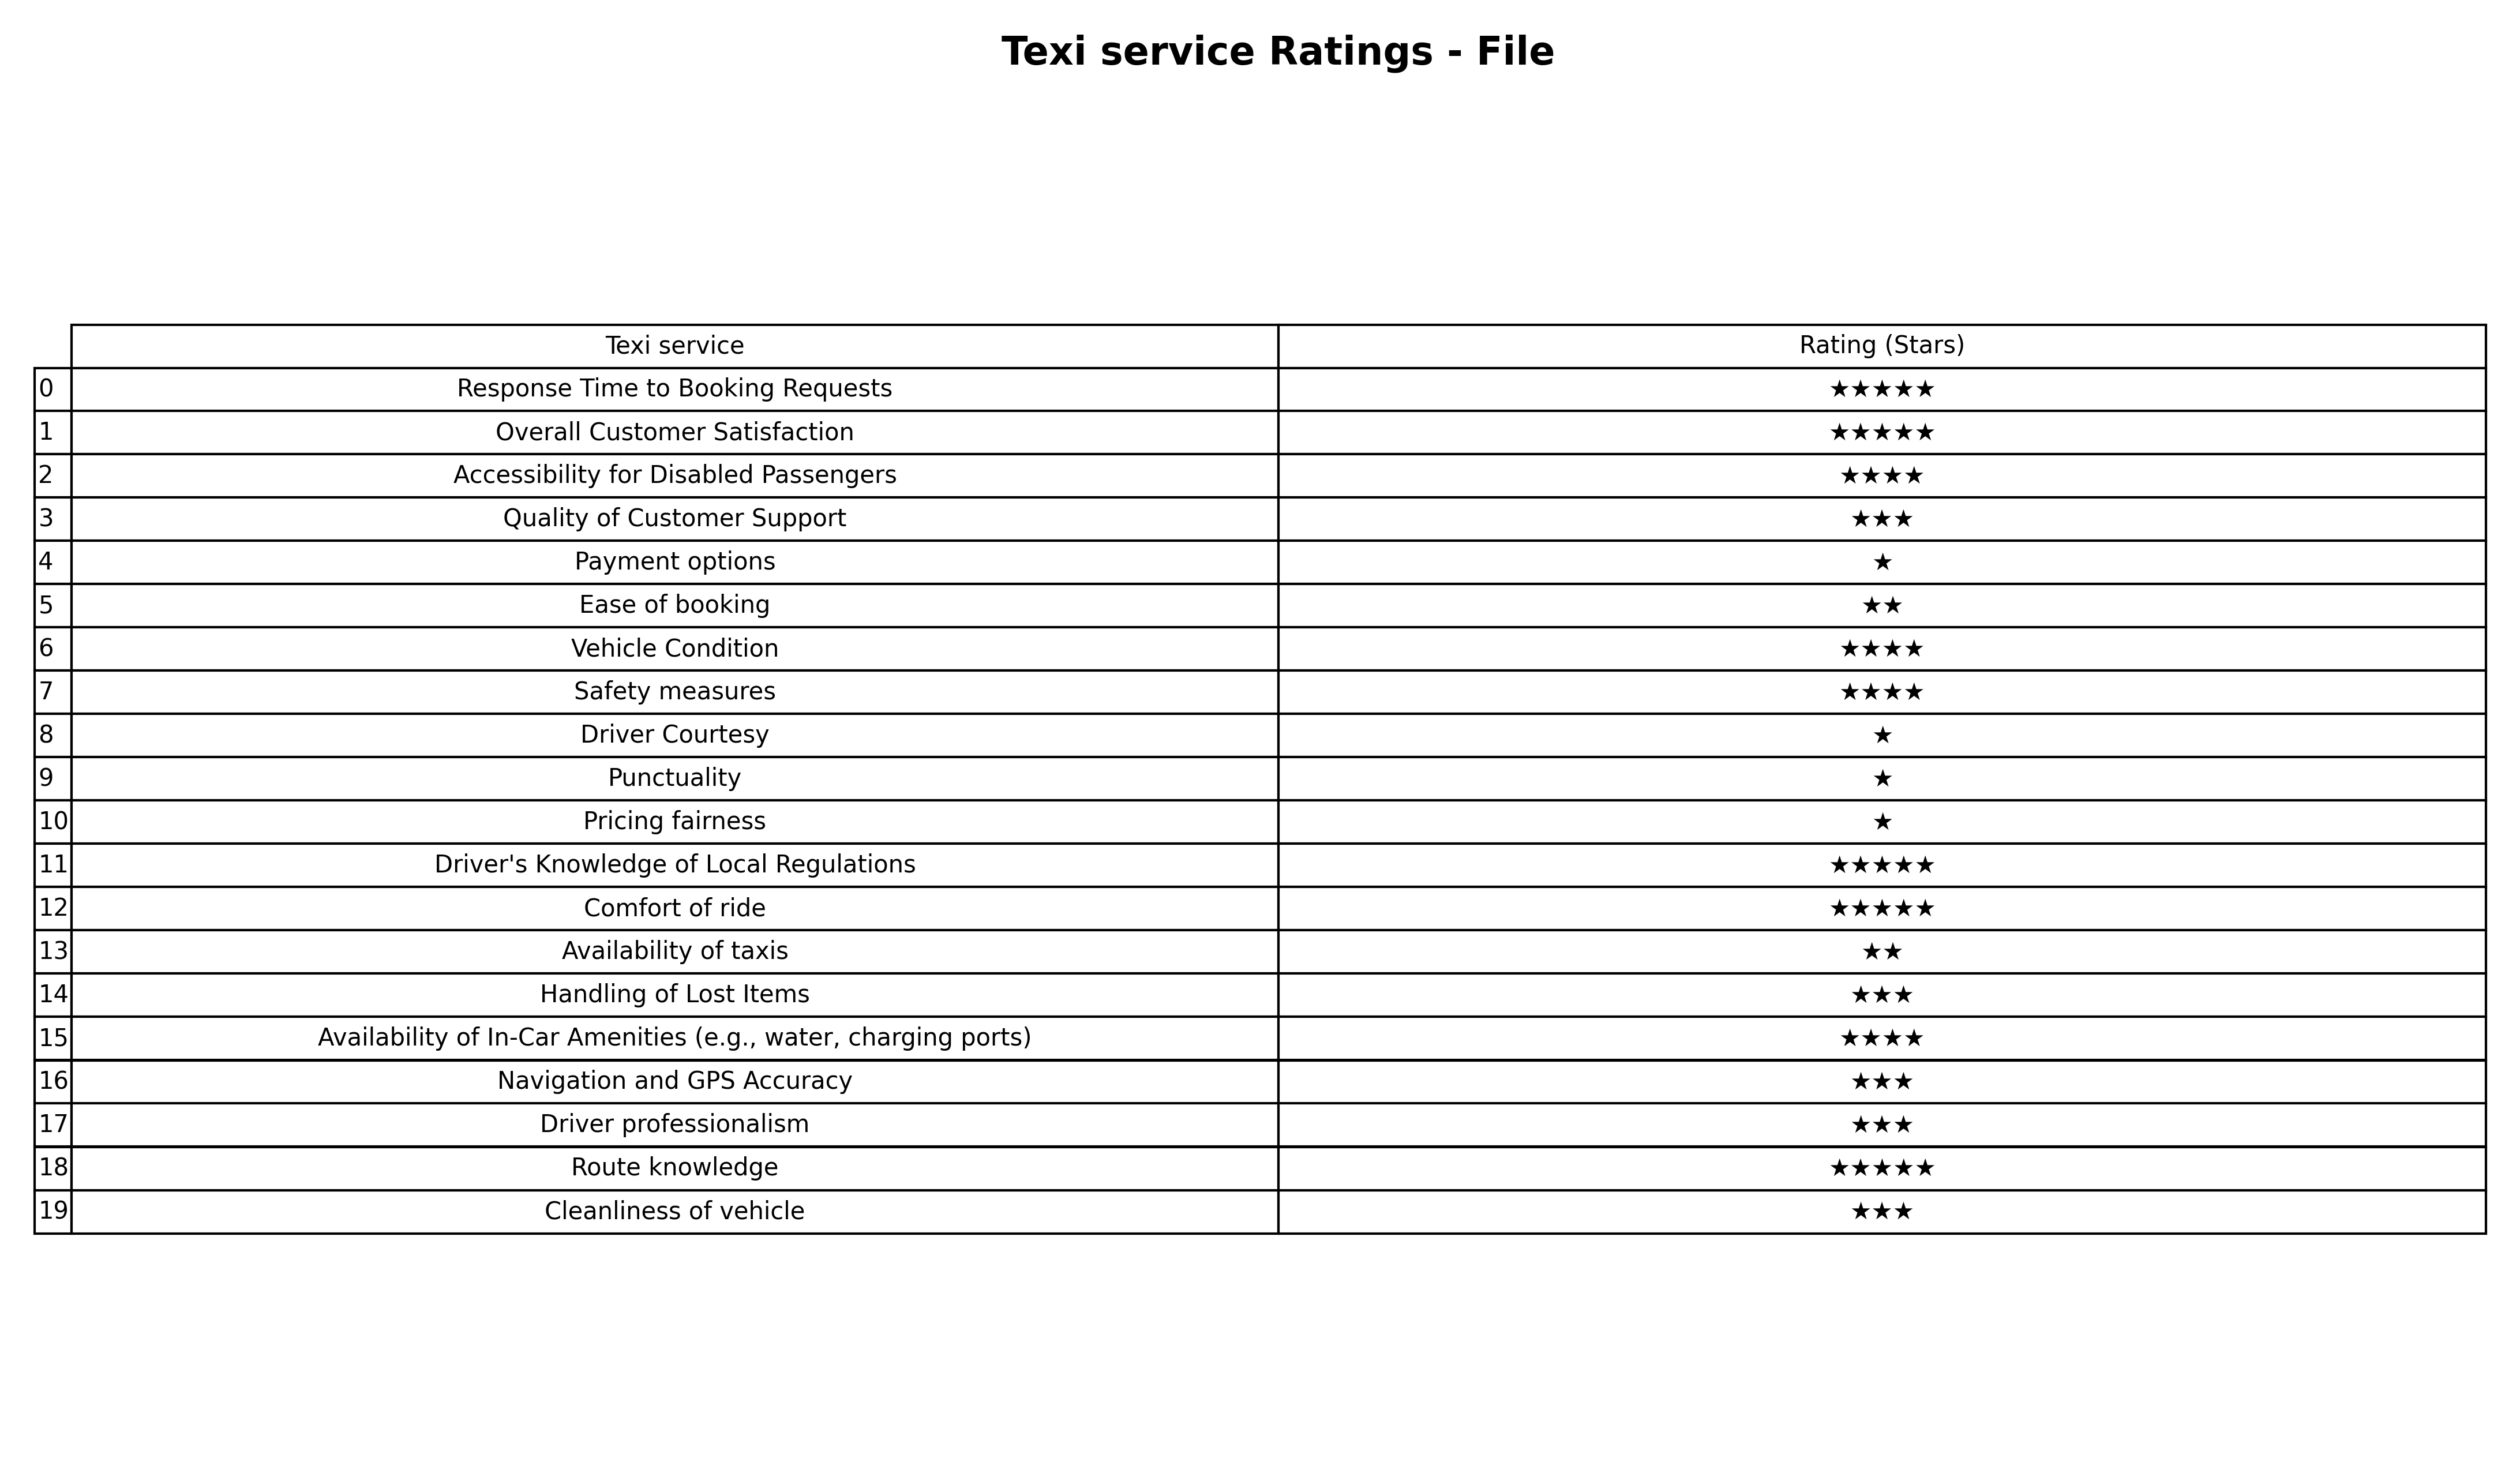
question: What is the rating of Navigation and GPS Accuracy?
answer: ★★★